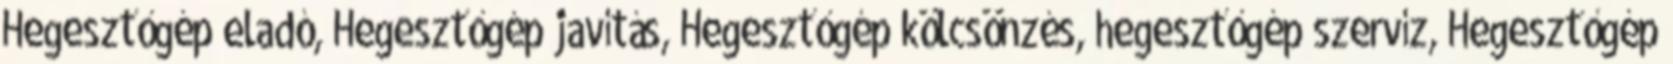
Hegesztőgép eladó, Hegesztőgép javítás, Hegesztőgép kölcsönzés, hegesztőgép szervíz, Hegesztőgép